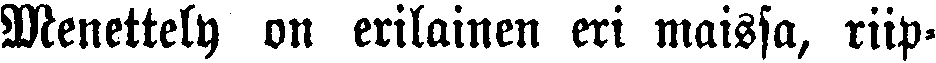
Menettely on erilainen eri maissa, riip-